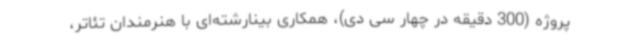
پروژه (300 دقیقه در چهار سی دی)، همکاری بینارشته‌ای با هنرمندان تئاتر،